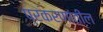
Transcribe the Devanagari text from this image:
प्रकरणांतील